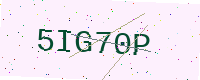
Text: 5IG70P